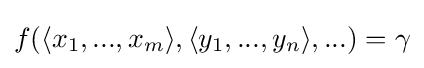
f(\langle x_{1},...,x_{m}\rangle ,\langle y_{1},...,y_{n}\rangle ,...)=\gamma